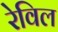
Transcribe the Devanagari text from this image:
रेविल